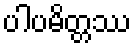
ပါပမိတ္တဿ